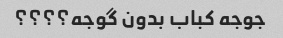
جوجه کباب بدون گوجه؟؟؟؟